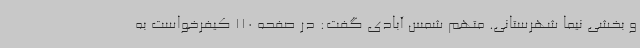
و بخشی نیما شهرستانی. متهم شمس آبادی گفت: در صفحه 110 کیفرخواست به